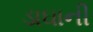
ડાઘાની